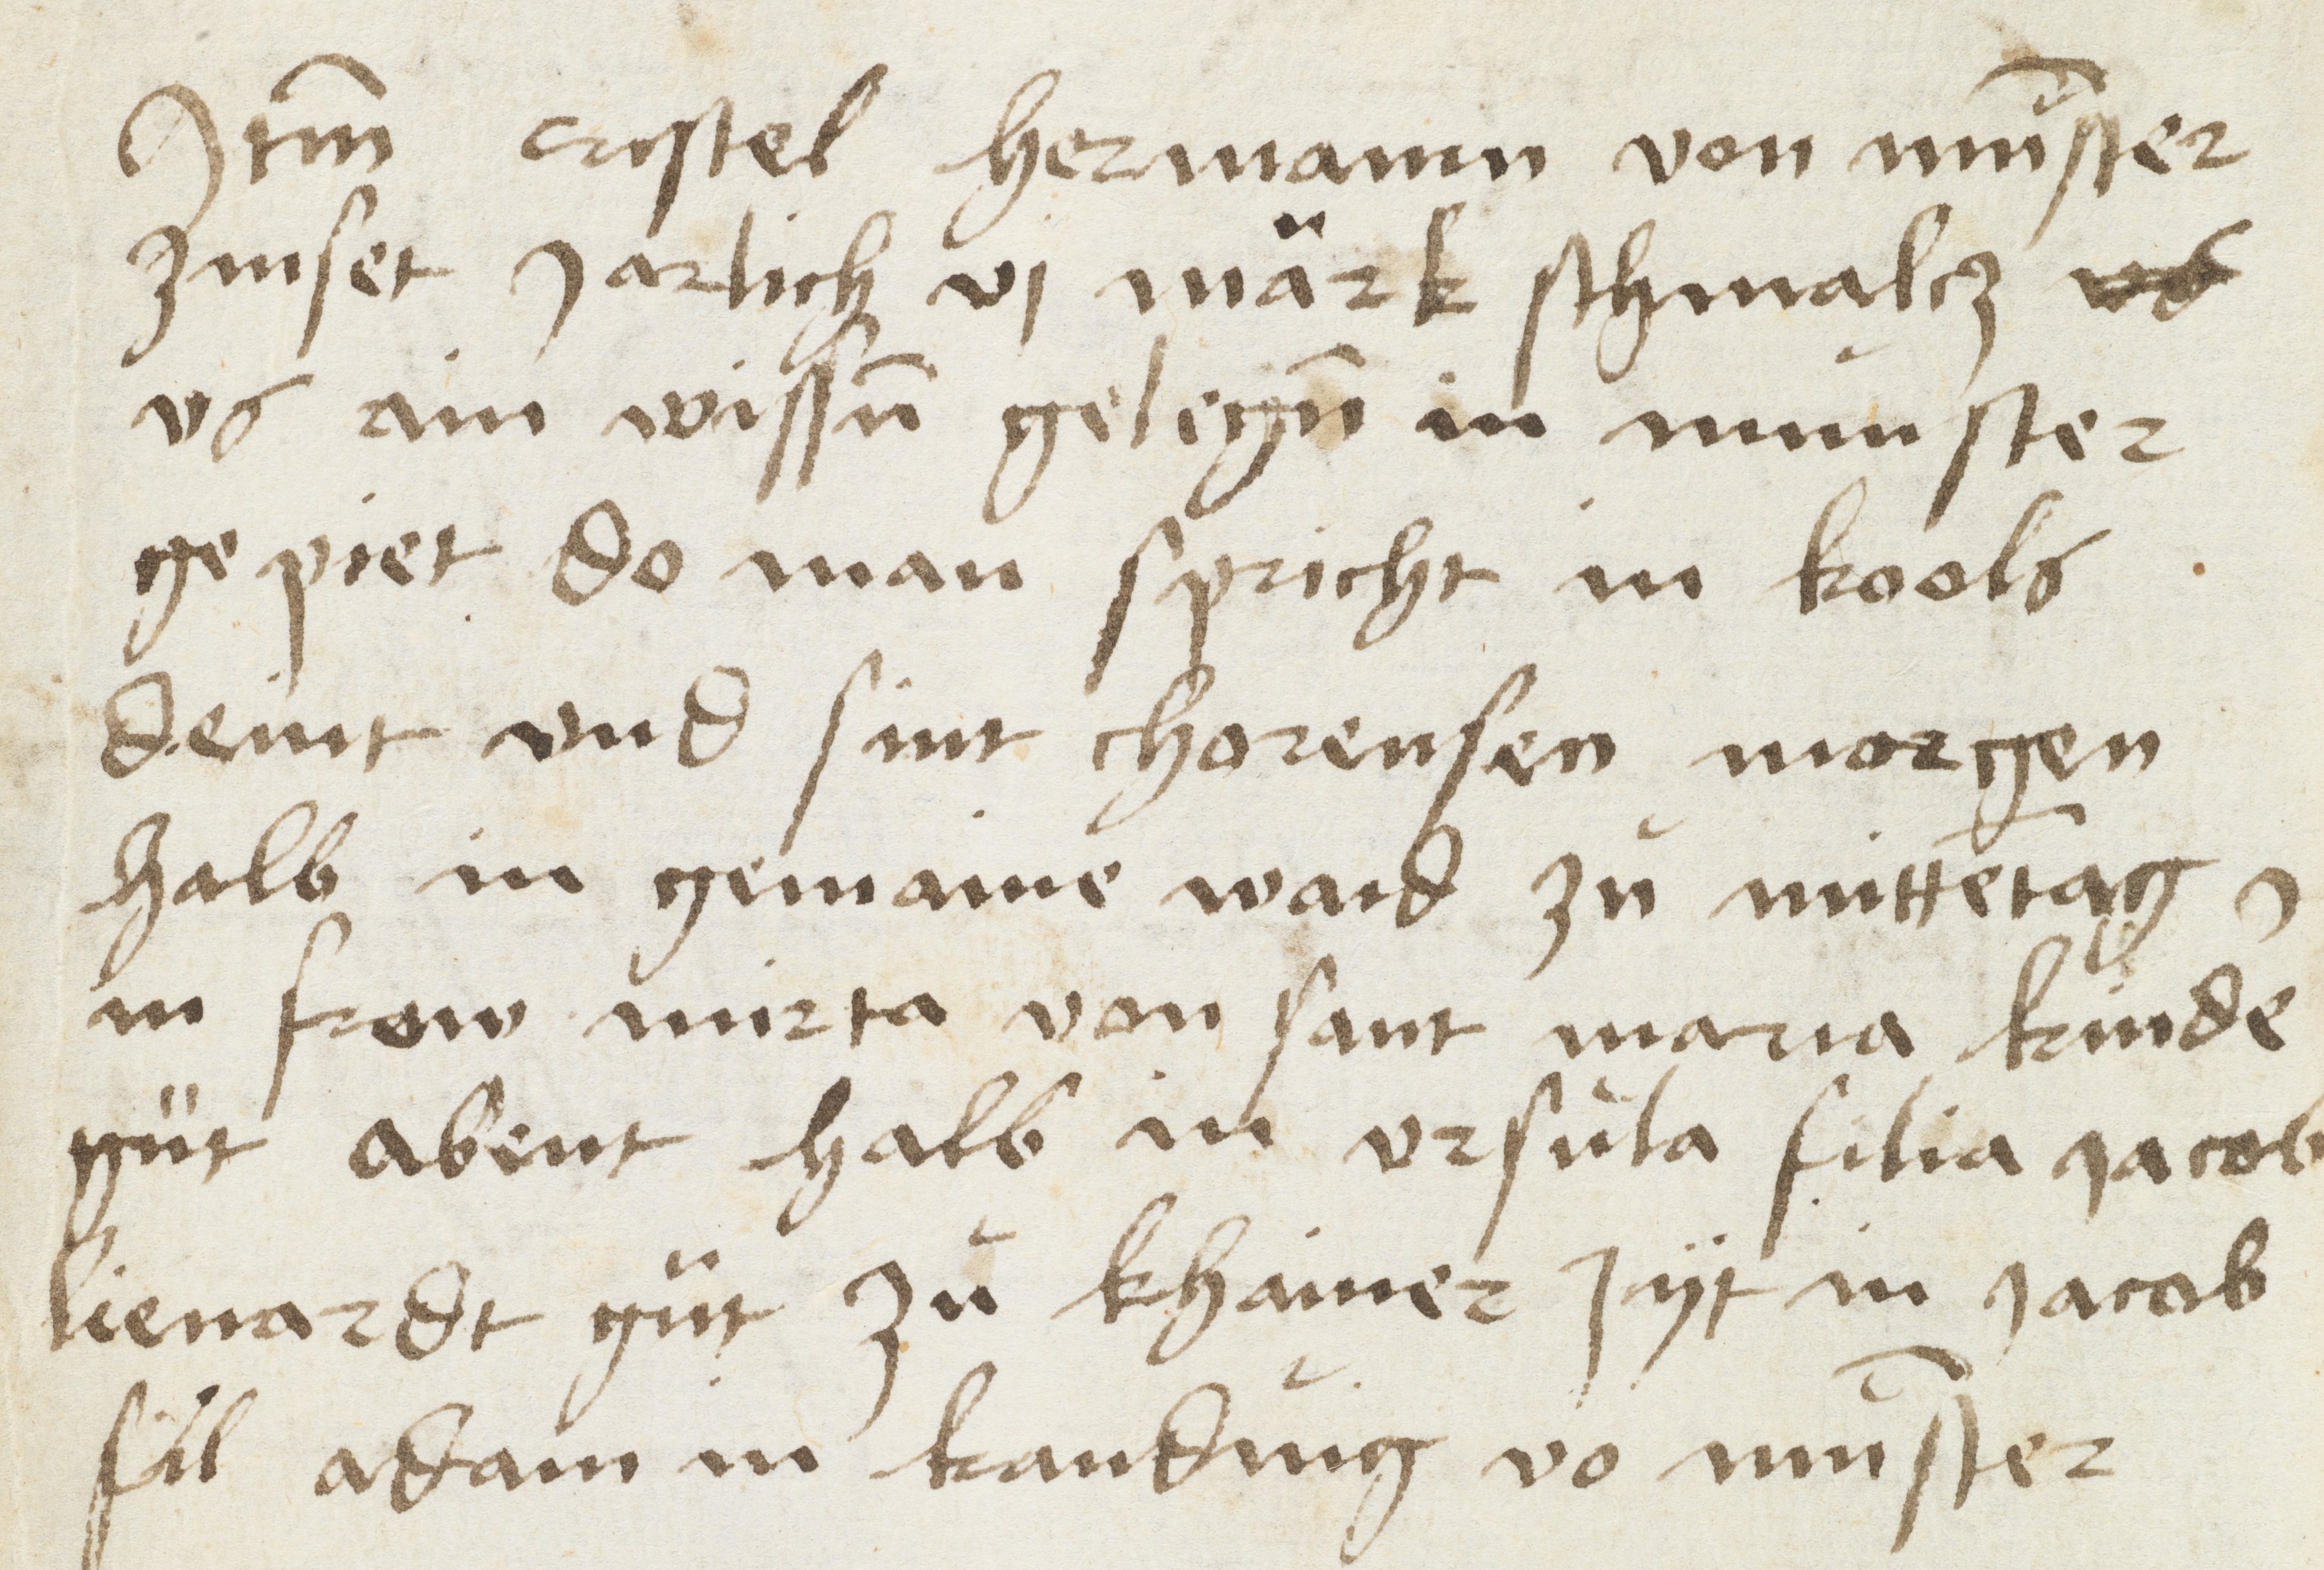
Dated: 1460–1460